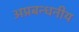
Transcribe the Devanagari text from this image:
अप्रबन्धनीय